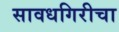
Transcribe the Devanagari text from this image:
सावधगिरीचा